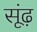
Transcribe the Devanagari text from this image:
सूंढ़